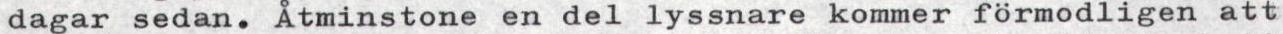
dagar sedan. Åtminstone en del lyssnare kommer förmodligen att